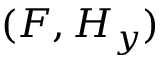
( F , H _ { y } )